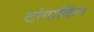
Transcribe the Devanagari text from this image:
टांगाकिंग